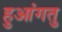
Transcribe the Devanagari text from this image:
हुआंगतु